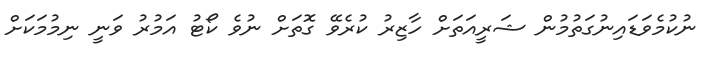
ނުކުމެވަޑައިނުގަތުމުން ޝަރީއަތަށް ހާޒިރު ކުރެވޭ ގޮތަށް ނުވެ ކޯޓު އަމުރު ވަނީ ނިމުމަކަށް